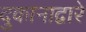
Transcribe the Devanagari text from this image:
दुकानाद्वारे